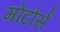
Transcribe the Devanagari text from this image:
मोटोर्स